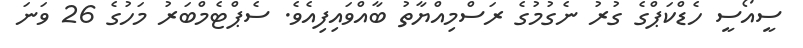
ސީއޯސީ ހެޑްކަޕްގެ ގުރު ނެގުމުގެ ރަސްމިއްޔާތު ބާއްވައިފިއެވެ. ސެޕްޓެމްބަރު މަހުގެ 26 ވަނަ